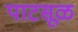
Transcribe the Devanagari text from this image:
पाटसूळ